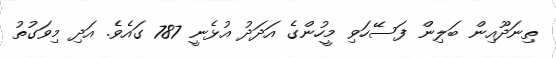
ތިނަދޫއިން ބަލިން ފަސޭހަވި މީހުންގެ އަދަދު އުޅެނީ 787 ގައެވެ. އަދި މިވަގުތު